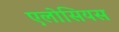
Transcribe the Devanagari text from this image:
एलोसियस